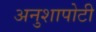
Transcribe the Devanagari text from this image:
अनुशापोटी